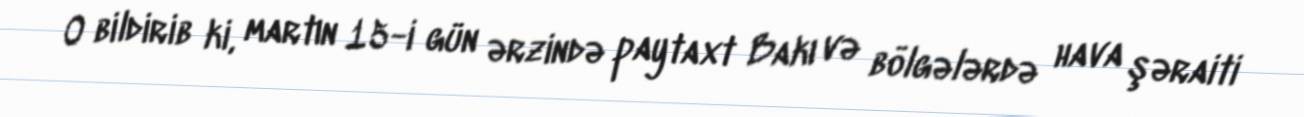
O bildirib ki, martın 15-i gün ərzində paytaxt Bakı və bölgələrdə hava şəraiti